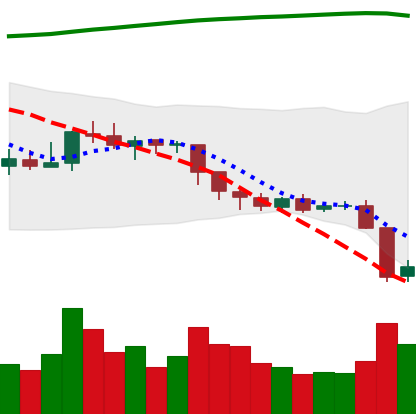
Ticker: EOS-USD
Chart end date: 2018-08-09
Forward return: -21.04%
Label: down_7plus